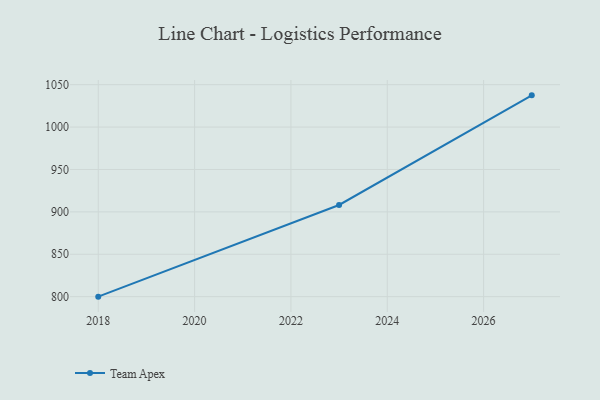
{"axis": {"x": "Year", "y": "LTV (USD)"}, "legend": ["Team Apex"], "data": [{"x": "2027", "y": 1037.4, "type": "Team Apex"}, {"x": "2023", "y": 908.1, "type": "Team Apex"}, {"x": "2018", "y": 800, "type": "Team Apex"}]}